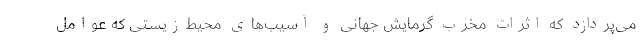
می‌پردازد که اثرات مخرب گرمایش جهانی و آسیب‌های محیط‌زیستی که عوامل